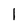
Character: l